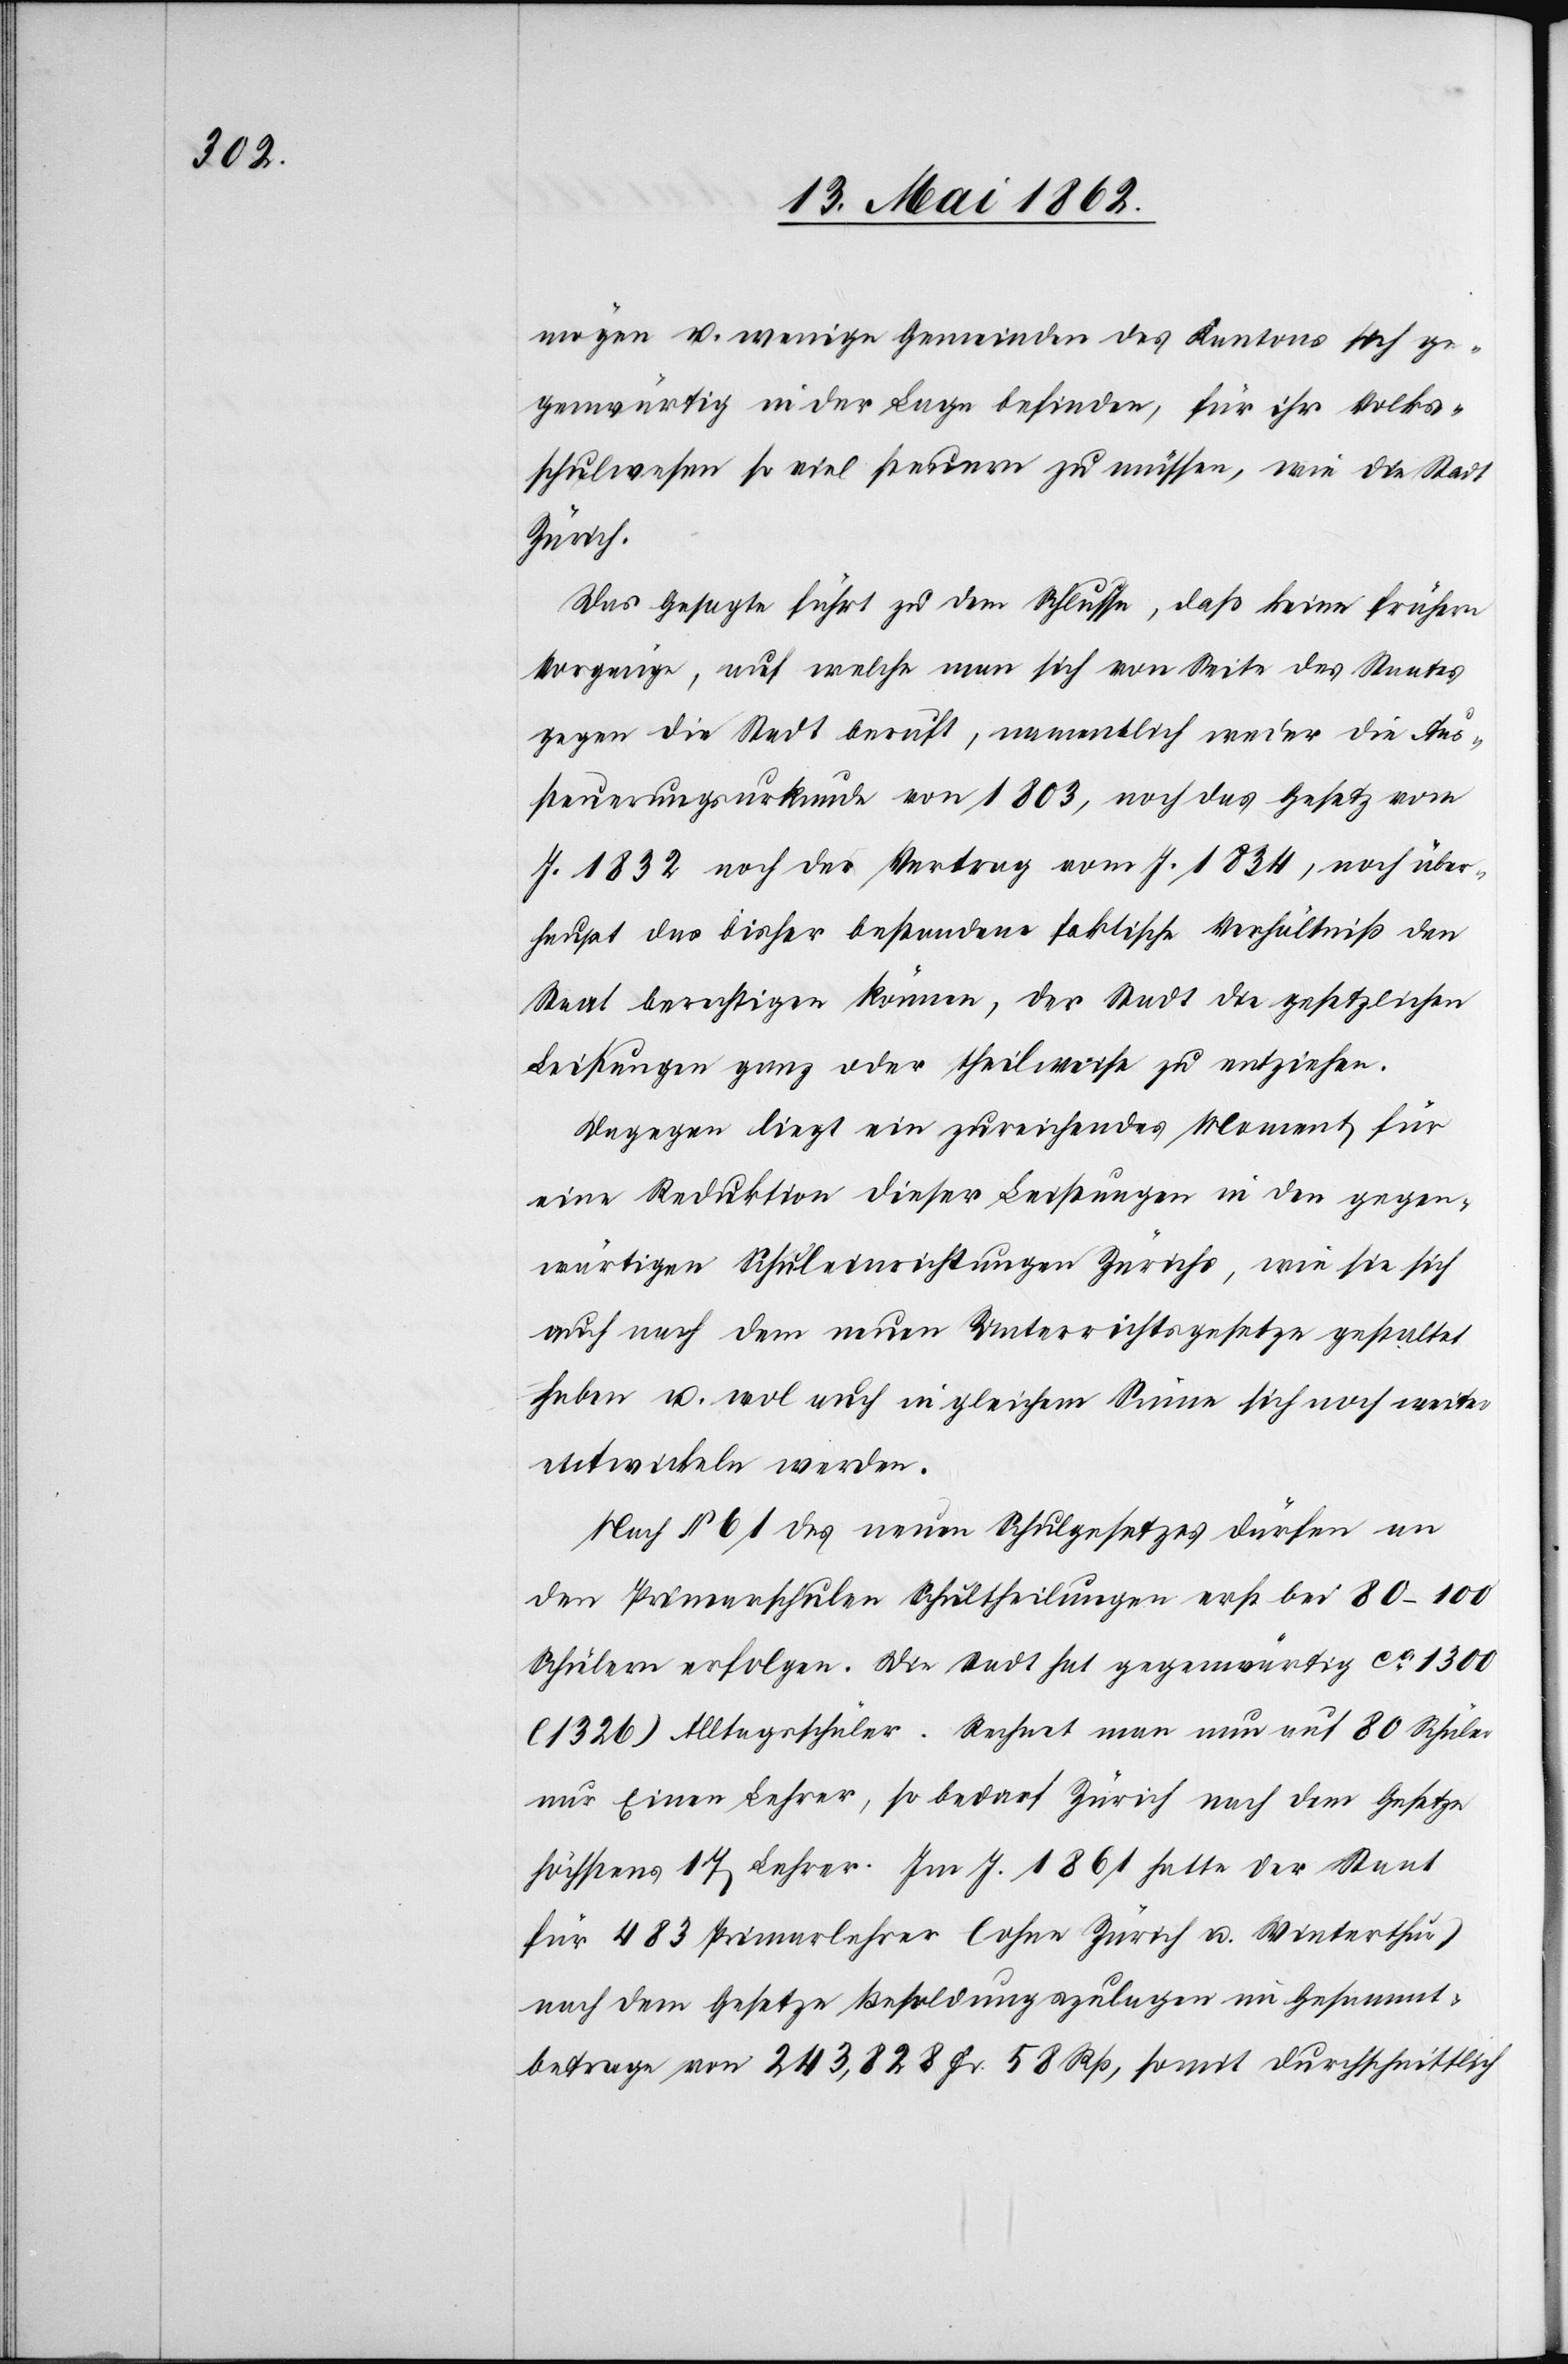
mögen u. wenige Gemeinden des Kantons sich ge¬
genwärtig in der Lage befinden, für ihr Volks¬
schulwesen so viel zu müssen, wie die Stadt
Zürich.
Das Gesagte führt zu dem Schlusse, daß keine frühern
Vorgänge, auf welche man sich von Seite des Staates
gegen die Stadt beruft, namentlich weder die Aus¬
steuerungsurkunde von 1803, noch das Gesetz vom
J. 1832 noch der Vertrag vom J. 1834, noch über¬
haupt das bisher bestandene faktische Verhältniß den
Staat berechtigen können, der Stadt die gesetzlichen
Leistungen ganz oder theilweise zu entziehen.
Dagegen liegt ein zureichendes Moment für
eine Reduktion dieser Leistungen in den gegen¬
wärtigen Schuleinrichtungen Zürichs, wie sie sich
auch nach dem neuen Unterrichtsgesetze gestattet
haben u. wol auch in gleichem Sinne sich noch weiter
entwickeln werden.
Nach § 61 des neuen Schulgesetzes dürfen an
den Primarschulen Schultheilungen erst bei 80–100
Schülern erfolgen. Die Stadt hat gegenwärtig ca 1300
(1326) Alltagsschüler. Rechnet man nun auf 80 Schüler
nur Einen Lehrer, so bedarf Zürich nach dem Gesetze
höchstens 17 Lehrer. Im J. 1861 hatte der Staat
für 483 Primarlehrer (ohne Zürich u. Winterthur)
nach dem Gesetze Besoldungszulagen im Gesammt¬
betrage von 243,828 Fr. 58 Rp., somit durchschnittlich